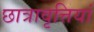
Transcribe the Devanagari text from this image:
छात्रावृत्तियां